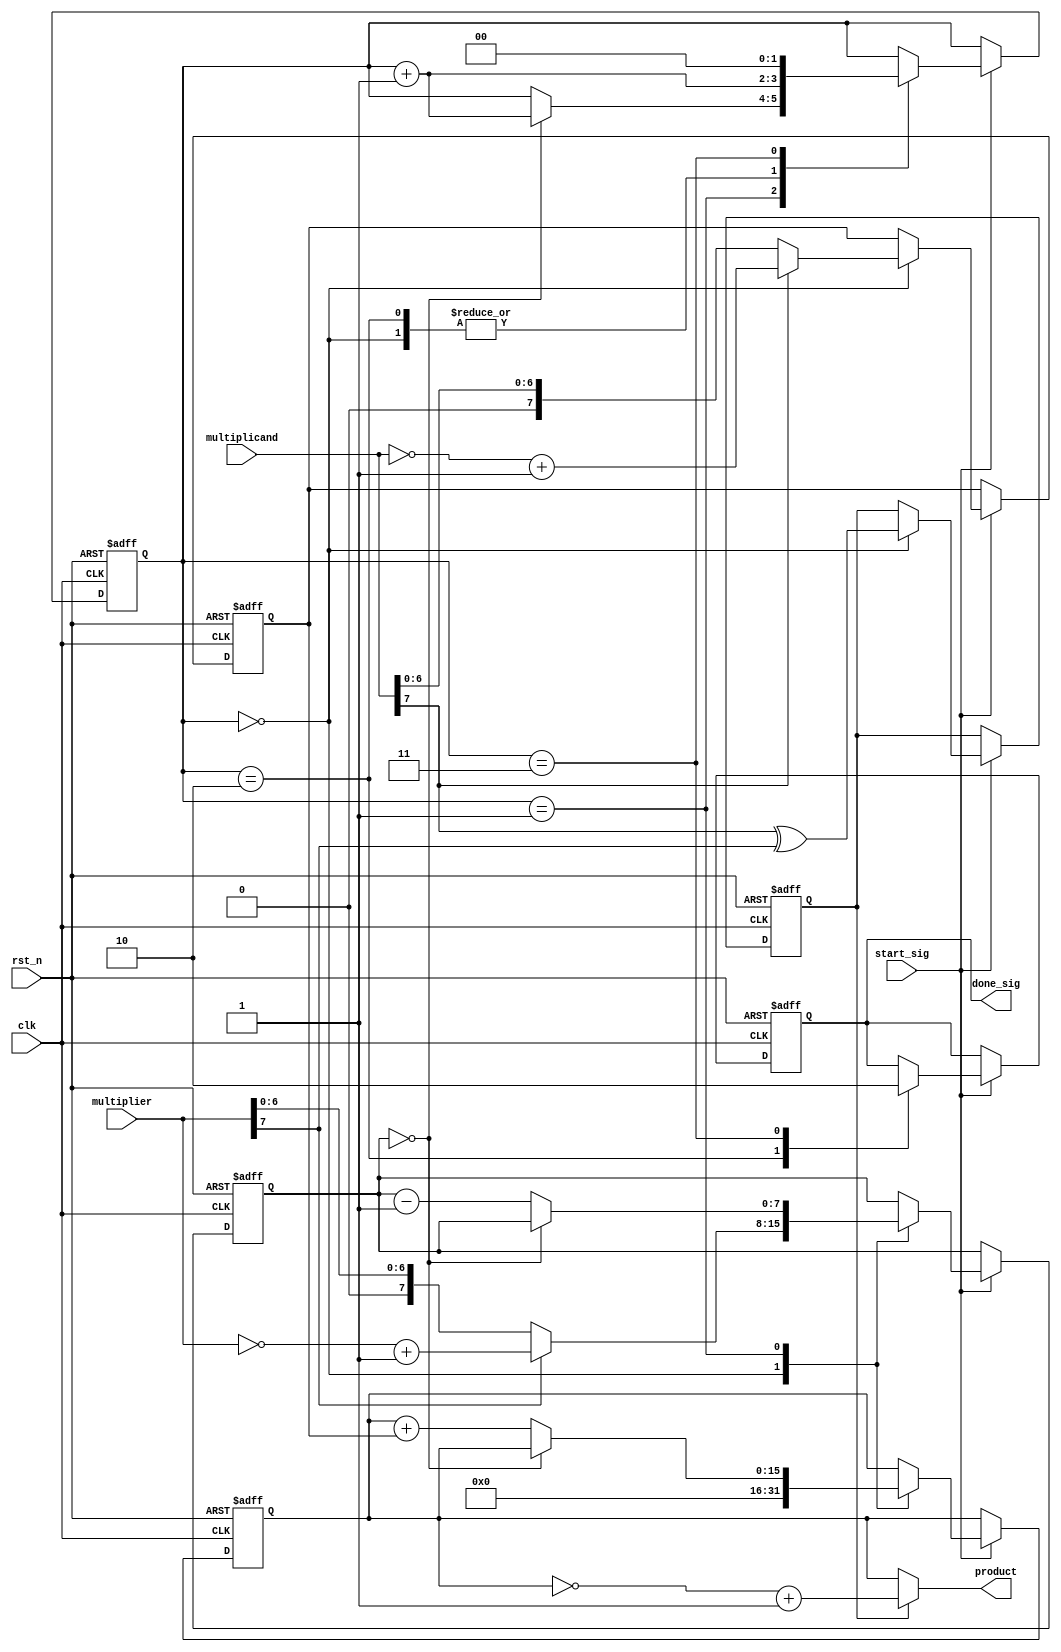


module multiplier_module(
    input clk,
    input rst_n,
    
    input start_sig,
    input [7:0]multiplicand, //
    input [7:0]multiplier,   //
    
    output done_sig,
    output [15:0]product
    );
    
    /****************/
    reg [1:0]i;
    reg [7:0]mcand; //register for multiplicand
    reg [7:0]mer;   //register for multiplier
    reg [15:0]tmp;  //sum of pratocal product
    reg isNeg;
    reg isDone;
    
    
    always @(posedge clk or negedge rst_n) begin
        if (!rst_n) begin
            i <= 2'd0;
            mcand <= 8'd0;
            mer <= 8'd0;
            tmp <= 16'd0;
            isNeg <= 1'b0;
            isDone <= 1'b0;
        end
        else if (start_sig)
            case (i)
            
                0:
                begin
                    isNeg <= multiplicand[7]^multiplier[7]; ///
                    mcand <= multiplicand[7] ? (~multiplicand + 1'b1) : multiplicand; //
                    mer <= multiplier[7] ? (~multiplier + 1'b1) : multiplier; //
                    tmp <= 16'd0;
                    i <= i + 1'b1;
                end
                
                1:
                begin
                    if (mer == 0) i <= i + 1'b1;
                    else begin
                        tmp <= tmp + mcand; //
                        mer <= mer - 1'b1;
                    end
                end
                
                2:
                begin
                    i <= i + 1'b1;
                    isDone <= 1'b1;
                end
                
                3:
                begin
                    i <= 1'b0;
                    isDone <= 1'b0;
                end

            endcase
    end
    
    assign done_sig = isDone;
    assign product = isNeg ? (~tmp + 1'b1) : tmp;
    
endmodule